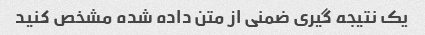
یک نتیجه گیری ضمنی از متن داده شده مشخص کنید